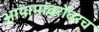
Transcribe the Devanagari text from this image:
आयामांबरोबरच